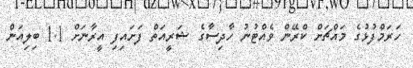
ހަރަމްފުޅުގެ މައްޗަށް ކްރޭން ވެއްޓުނު ހާދިސާގެ ޝަރީއަތް ފަށައިފި އީރާނަށް 1.1 ބިލިއަން